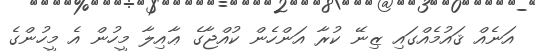
އަނެއް ޤައުމެއްގައި ޒިނޭ ކުރާ އަންހެން ކުއްޖާގެ ޢާއިލާ މީހުން އެ މީހުންގެ